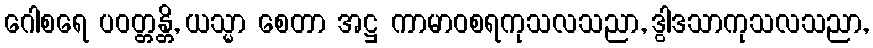
ဂေါစရေ ပဝတ္တန္တိ, ယသ္မာ စေတာ အဋ္ဌ ကာမာဝစရကုသလသညာ, ဒွါဒသာကုသလသညာ,